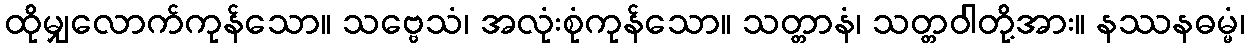
ထိုမျှလောက်ကုန်သော။ သဗ္ဗေသံ၊ အလုံးစုံကုန်သော။ သတ္တာနံ၊ သတ္တဝါတို့အား။ နဿနဓမ္မံ၊